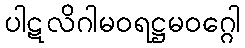
ပါဋလိဂါမဝရဋ္ဌမဝဂ္ဂေါ